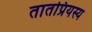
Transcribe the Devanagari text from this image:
तातप्रियस्य